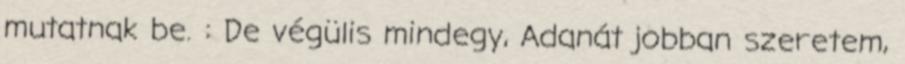
mutatnak be. : De végülis mindegy, Adanát jobban szeretem,